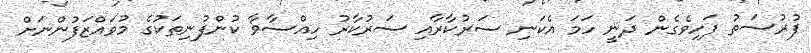
ފުރުސަތު ފަހިވެގެން ދަނީ ހަމަ އެކަނި ސަރުކާރާއި ސަރުކާރު ހިއްސާވާ ކުންފުނިތަކުގެ މުވައްޒަފުންނަށް